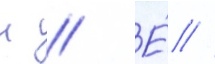
н // Е́ //